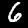
Label: 6